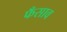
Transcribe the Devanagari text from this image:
फँसाव